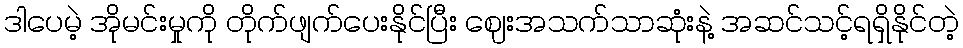
ဒါပေမဲ့ အိုမင်းမှုကို တိုက်ဖျက်ပေးနိုင်ပြီး ဈေးအသက်သာဆုံးနဲ့ အဆင်သင့်ရရှိနိုင်တဲ့